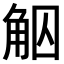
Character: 𧣕